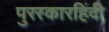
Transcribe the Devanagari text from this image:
पुरस्कारहिंदी